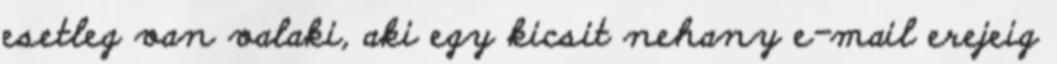
esetleg van valaki, aki egy kicsit nehany e-mail erejeig